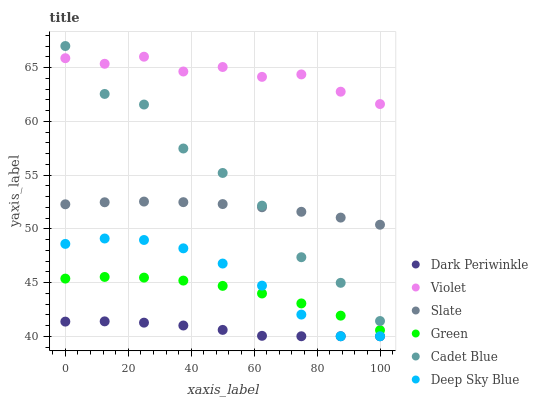
| xaxis_label | Dark Periwinkle | Violet | Slate | Green | Cadet Blue | Deep Sky Blue |
 | --- | --- | --- | --- | --- | --- | --- |
 | 0 | 41.4 | 65.9 | 52.3 | 45.4 | 67 | 48.6 |
 | 12.5 | 41.4 | 65.3 | 52.5 | 45.5 | 62.5 | 49.1 |
 | 25 | 41.3 | 66 | 52.5 | 45.5 | 61.6 | 49 |
 | 37.5 | 41 | 64.6 | 52.5 | 45.2 | 57.5 | 48.2 |
 | 50 | 40.6 | 65 | 52.3 | 44.7 | 55.2 | 46.8 |
 | 62.5 | 40 | 64.1 | 52 | 44 | 52.1 | 44.7 |
 | 75 | 40 | 64.4 | 51.6 | 43.1 | 47.4 | 42 |
 | 87.5 | 40 | 62.8 | 51 | 41.9 | 45 | 40 |
 | 100 | 40 | 61.6 | 50.4 | 40.6 | 41.4 | 40 |